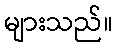
များသည်။